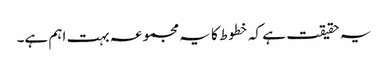
یہ حقیقت ہے کہ خطوط کا یہ مجموعہ بہت اہم ہے۔